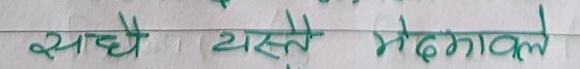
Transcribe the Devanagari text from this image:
सधै । यस्तै भेढावालले